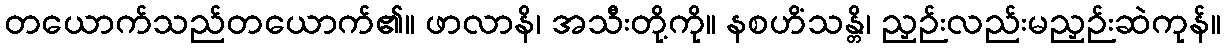
တယောက်သည်တယောက်၏။ ဖာလာနိ၊ အသီးတို့ကို။ နစဟိံသန္တိ၊ ညှဉ်းလည်းမညှဉ်းဆဲကုန်။